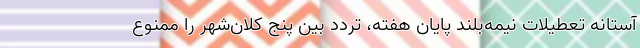
آستانه تعطیلات نیمه‌بلند پایان هفته، تردد بین پنج کلان‌شهر را ممنوع